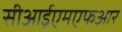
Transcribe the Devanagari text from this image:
सीआईएमएफआर